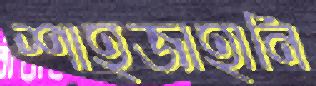
শাহজাহানি